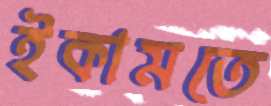
ইকামতে